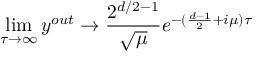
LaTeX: \operatorname * { l i m } _ { \tau \rightarrow \infty } y ^ { o u t } \rightarrow \frac { 2 ^ { d / 2 - 1 } } { \sqrt { \mu } } e ^ { - ( \frac { d - 1 } { 2 } + i \mu ) \tau }